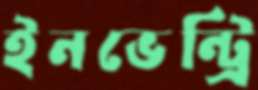
ইনভেন্ট্রি